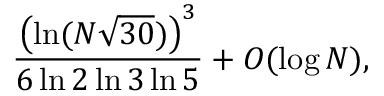
{ \frac { \left( \ln ( N { \sqrt { 3 0 } } ) \right) ^ { 3 } } { 6 \ln 2 \ln 3 \ln 5 } } + O ( \log N ) ,